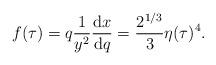
LaTeX: \begin{gather*}f(\tau)= q \frac 1{y^2}\frac{{\rm d}x}{{\rm d}q}=\frac{2^{1/3}}3\eta(\tau)^4.\end{gather*}